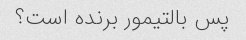
پس بالتیمور برنده است؟